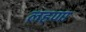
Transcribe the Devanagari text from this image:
लहणा